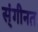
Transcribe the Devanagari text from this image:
स्ंगीनत